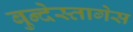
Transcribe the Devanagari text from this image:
बुन्देस्तागेस